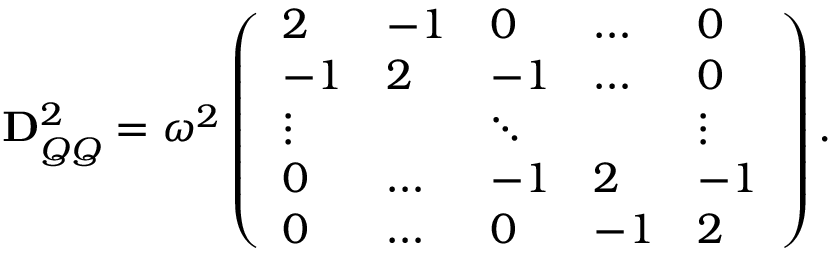
\mathbf { D } _ { Q Q } ^ { 2 } = \omega ^ { 2 } \left( \begin{array} { l l l l l } { 2 } & { - 1 } & { 0 } & { \ldots } & { 0 } \\ { - 1 } & { 2 } & { - 1 } & { \ldots } & { 0 } \\ { \vdots } & { } & { \ddots } & { } & { \vdots } \\ { 0 } & { \ldots } & { - 1 } & { 2 } & { - 1 } \\ { 0 } & { \ldots } & { 0 } & { - 1 } & { 2 } \end{array} \right) .